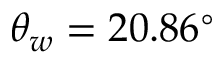
\theta _ { w } = 2 0 . 8 6 ^ { \circ }